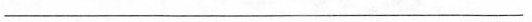
_________